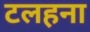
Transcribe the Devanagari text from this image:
टलहना